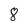
Character: 8